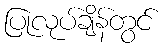
ပြုလုပ်ချိန်တွင်